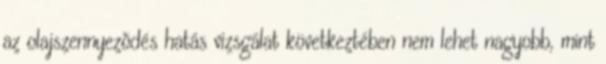
az olajszennyezõdés hatás vizsgálat következtében nem lehet nagyobb, mint